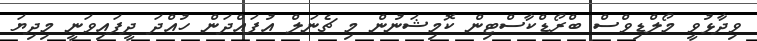
ވިދާޅުވީ މޯލްޑިވްސް ބްރޯޑްކާސްޓިން ކޮމިޝަނުން މި ޗެނަލް އުފައްދަން ހުއްދަ ދީފައިވަނީ މިދިޔަ